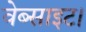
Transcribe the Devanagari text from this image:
वेब्साइट।